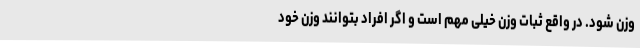
وزن شود. در واقع ثبات وزن خیلی مهم است و اگر افراد بتوانند وزن خود